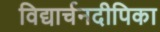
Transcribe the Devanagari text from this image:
विद्यार्चनदीपिका